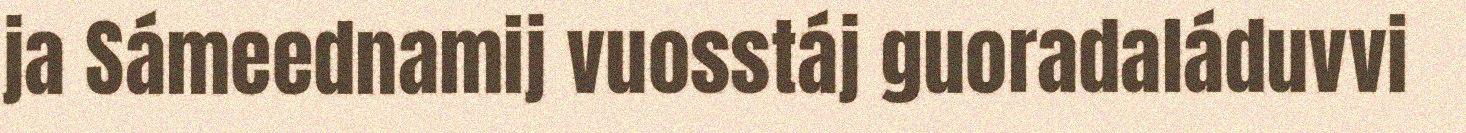
ja Sámeednamij vuosstáj guoradaláduvvi